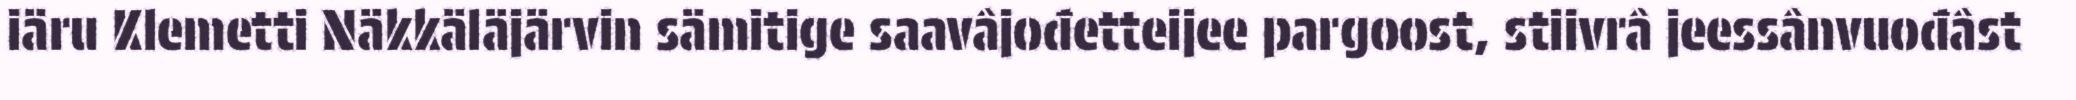
iäru Klemetti Näkkäläjärvin sämitige saavâjođetteijee pargoost, stiivrâ jeessânvuođâst